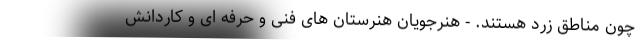
چون مناطق زرد هستند. - هنرجویان هنرستان های فنی و حرفه ای و کاردانش